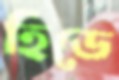
হিডে